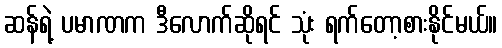
ဆန်ရဲ့ ပမာဏက ဒီလောက်ဆိုရင် သုံး ရက်တော့စားနိုင်မယ်။